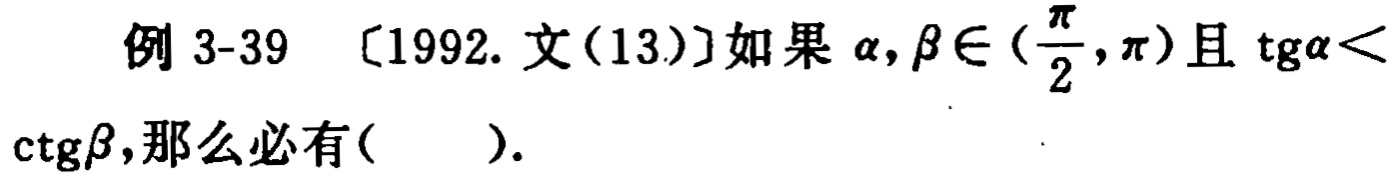
例 3-39 [1992. 文(13)]如果 $\alpha,\beta\in(\frac{\pi}{2},\pi)$且 $\mathrm{tg}\alpha<\mathrm{ctg}\beta$,那么必有( ).